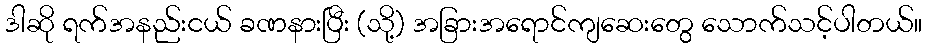
ဒါဆို ရက်အနည်းငယ် ခဏနားပြီး (သို့) အခြားအရောင်ကျဆေးတွေ သောက်သင့်ပါတယ်။